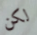
لكن